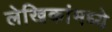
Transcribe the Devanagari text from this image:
लेखिकांमध्ये